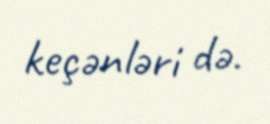
keçənləri də.